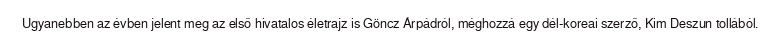
Ugyanebben az évben jelent meg az első hivatalos életrajz is Göncz Árpádról, méghozzá egy dél-koreai szerző, Kim Deszun tollából.